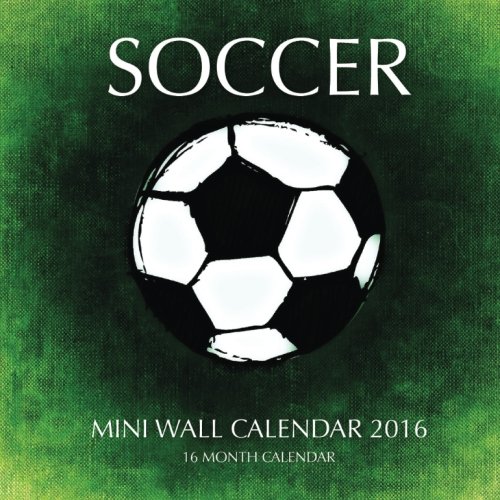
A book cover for Soccer Mini Wall Calendar 2016: 16 Month Calendar; Jack Smith; Calendars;